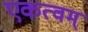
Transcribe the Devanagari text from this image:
एकत्वम्